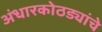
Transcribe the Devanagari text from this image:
अंधारकोठड्यांचे